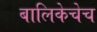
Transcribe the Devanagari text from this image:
बालिकेचेच